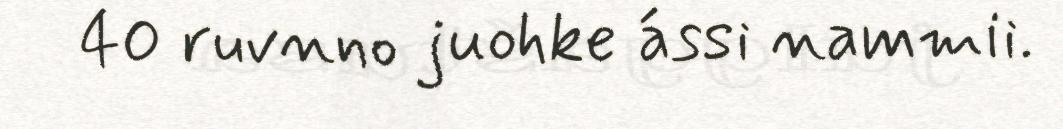
40 ruvnno juohke ássi nammii.